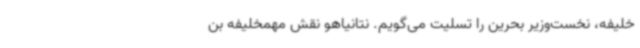
خلیفه، نخست‌وزیر بحرین را تسلیت می‌گویم. نتانیاهو نقش مهمخلیفه بن